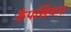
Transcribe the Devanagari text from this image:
कैपसियन